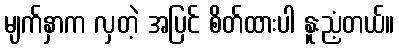
မျက်နှာက လှတဲ့ အပြင် စိတ်ထားပါ နူးညံ့တယ်။